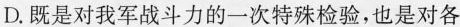
D.既是对我军战斗力的一次特殊检验，也是对各